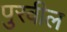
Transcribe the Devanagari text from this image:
पुरवील